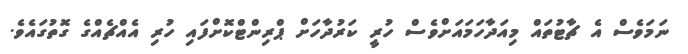
ނަމަވެސް އެ ޗާޓުތައް މިއަދާހަމައަށްވެސް ހުރީ ކަރުދާހަށް ޕްރިންޓްކޮށްފައި ހުރި އެއްޗެއްގެ ގޮތުގައެވެ.